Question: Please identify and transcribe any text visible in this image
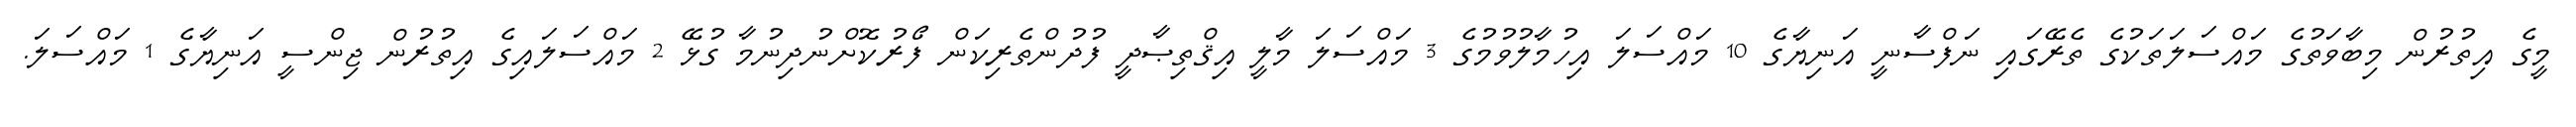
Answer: މީގެ އިތުރުން މިބާވަތުގެ މައްސަލަތަކުގެ ތެރޭގައި ނަފްސާނީ އަނިޔާގެ 10 މައްސަލަ އިހުމާލުވުމުގެ 3 މައްސަލަ މާލީ އިޤްތިޞާދީ ފުދުންތެރިކަން ފޯރުކޮށްނުދިނުމާ ގުޅޭ 2 މައްސަލައިގެ އިތުރުން ޖިންސީ އަނިޔާގެ 1 މައްސަލަ.